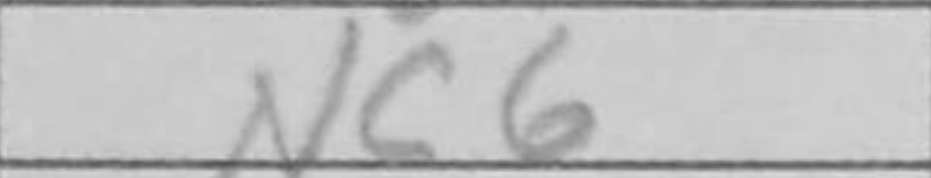
Transcription: Nc6